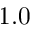
1 . 0